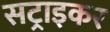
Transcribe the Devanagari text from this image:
सट्राइकर